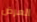
العرض